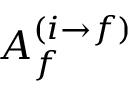
A _ { f } ^ { ( i \rightarrow f ) }